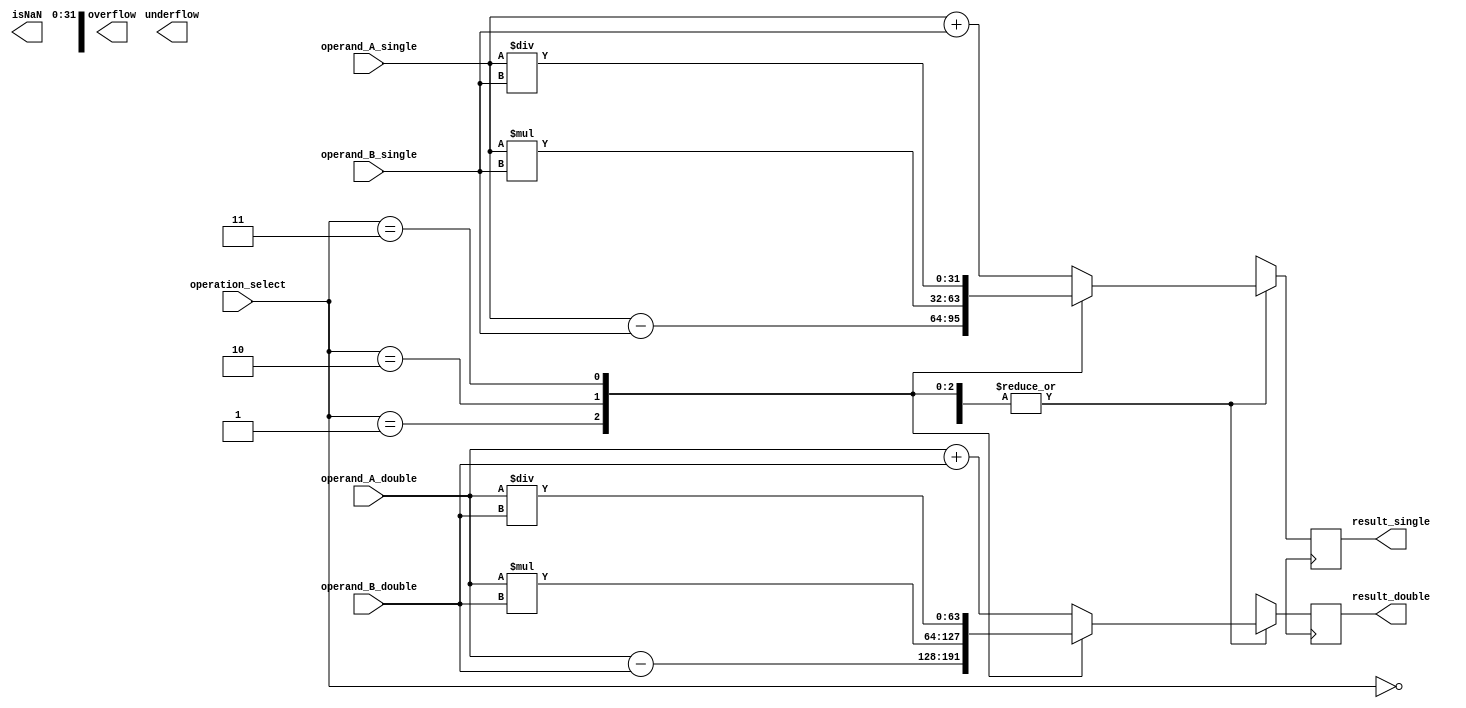
module FloatingPointALU (
    input wire [31:0] operand_A_single,
    input wire [31:0] operand_B_single,
    input wire [1:0] operation_select,
    output wire [31:0] result_single,
    input wire [63:0] operand_A_double,
    input wire [63:0] operand_B_double,
    output wire [63:0] result_double,
    output reg overflow,
    output reg underflow,
    output reg isNaN
);

reg [31:0] result_temp_single;
reg [63:0] result_temp_double;

always @(*) begin
    case(operation_select)
        2'b00: begin // Addition
            result_temp_single = operand_A_single + operand_B_single;
            result_temp_double = operand_A_double + operand_B_double;
        end
        2'b01: begin // Subtraction
            result_temp_single = operand_A_single - operand_B_single;
            result_temp_double = operand_A_double - operand_B_double;
        end
        2'b10: begin // Multiplication
            result_temp_single = operand_A_single * operand_B_single;
            result_temp_double = operand_A_double * operand_B_double;
        end
        2'b11: begin // Division
            result_temp_single = operand_A_single / operand_B_single;
            result_temp_double = operand_A_double / operand_B_double;
        end
    endcase
end

always @(posedge CLK) begin
    case(operation_select)
        2'b00: begin // Addition
            result_single <= result_temp_single;
            result_double <= result_temp_double;
        end
        2'b01: begin // Subtraction
            result_single <= result_temp_single;
            result_double <= result_temp_double;
        end
        2'b10: begin // Multiplication
            result_single <= result_temp_single;
            result_double <= result_temp_double;
        end
        2'b11: begin // Division
            result_single <= result_temp_single;
            result_double <= result_temp_double;
        end
    endcase
end

// Check for overflow, underflow, or NaN
always @(*) begin
    // Compare results against maximum and minimum values for overflow and underflow
    // Check for NaN conditions
    
    // Set flags accordingly
    // overflow = 1; underflow = 1; isNaN = 1;
end

endmodule